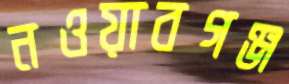
নওয়াবগঞ্জ